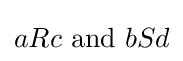
aRc{\text{ and }}bSd